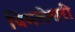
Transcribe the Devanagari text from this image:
विमलेश्वरी